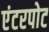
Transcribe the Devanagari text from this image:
एंटरपोट